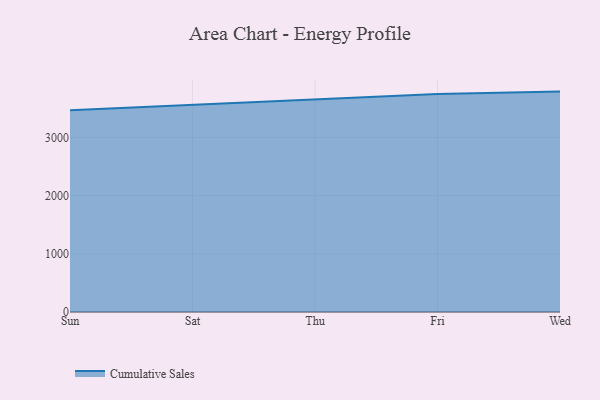
{"axis": {"x": "Day", "y": "Headcount"}, "legend": ["Cumulative Sales"], "data": [{"x": "Sun", "y": 3468.4, "type": "Cumulative Sales"}, {"x": "Sat", "y": 3562.5, "type": "Cumulative Sales"}, {"x": "Thu", "y": 3643.8, "type": "Cumulative Sales"}, {"x": "Fri", "y": 3750.3, "type": "Cumulative Sales"}, {"x": "Wed", "y": 3789.8, "type": "Cumulative Sales"}]}